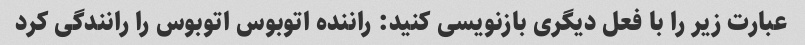
عبارت زیر را با فعل دیگری بازنویسی کنید: راننده اتوبوس اتوبوس را رانندگی کرد